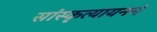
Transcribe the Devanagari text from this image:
सांस्कृत्यायनने